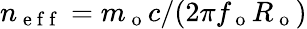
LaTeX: n_{\mathrm{~e~f~f~}}=m_{\mathrm{~o~}}c/(2\pi f_{\mathrm{~o~}}R_{\mathrm{~o~}})